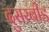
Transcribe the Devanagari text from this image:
दुसरबीड